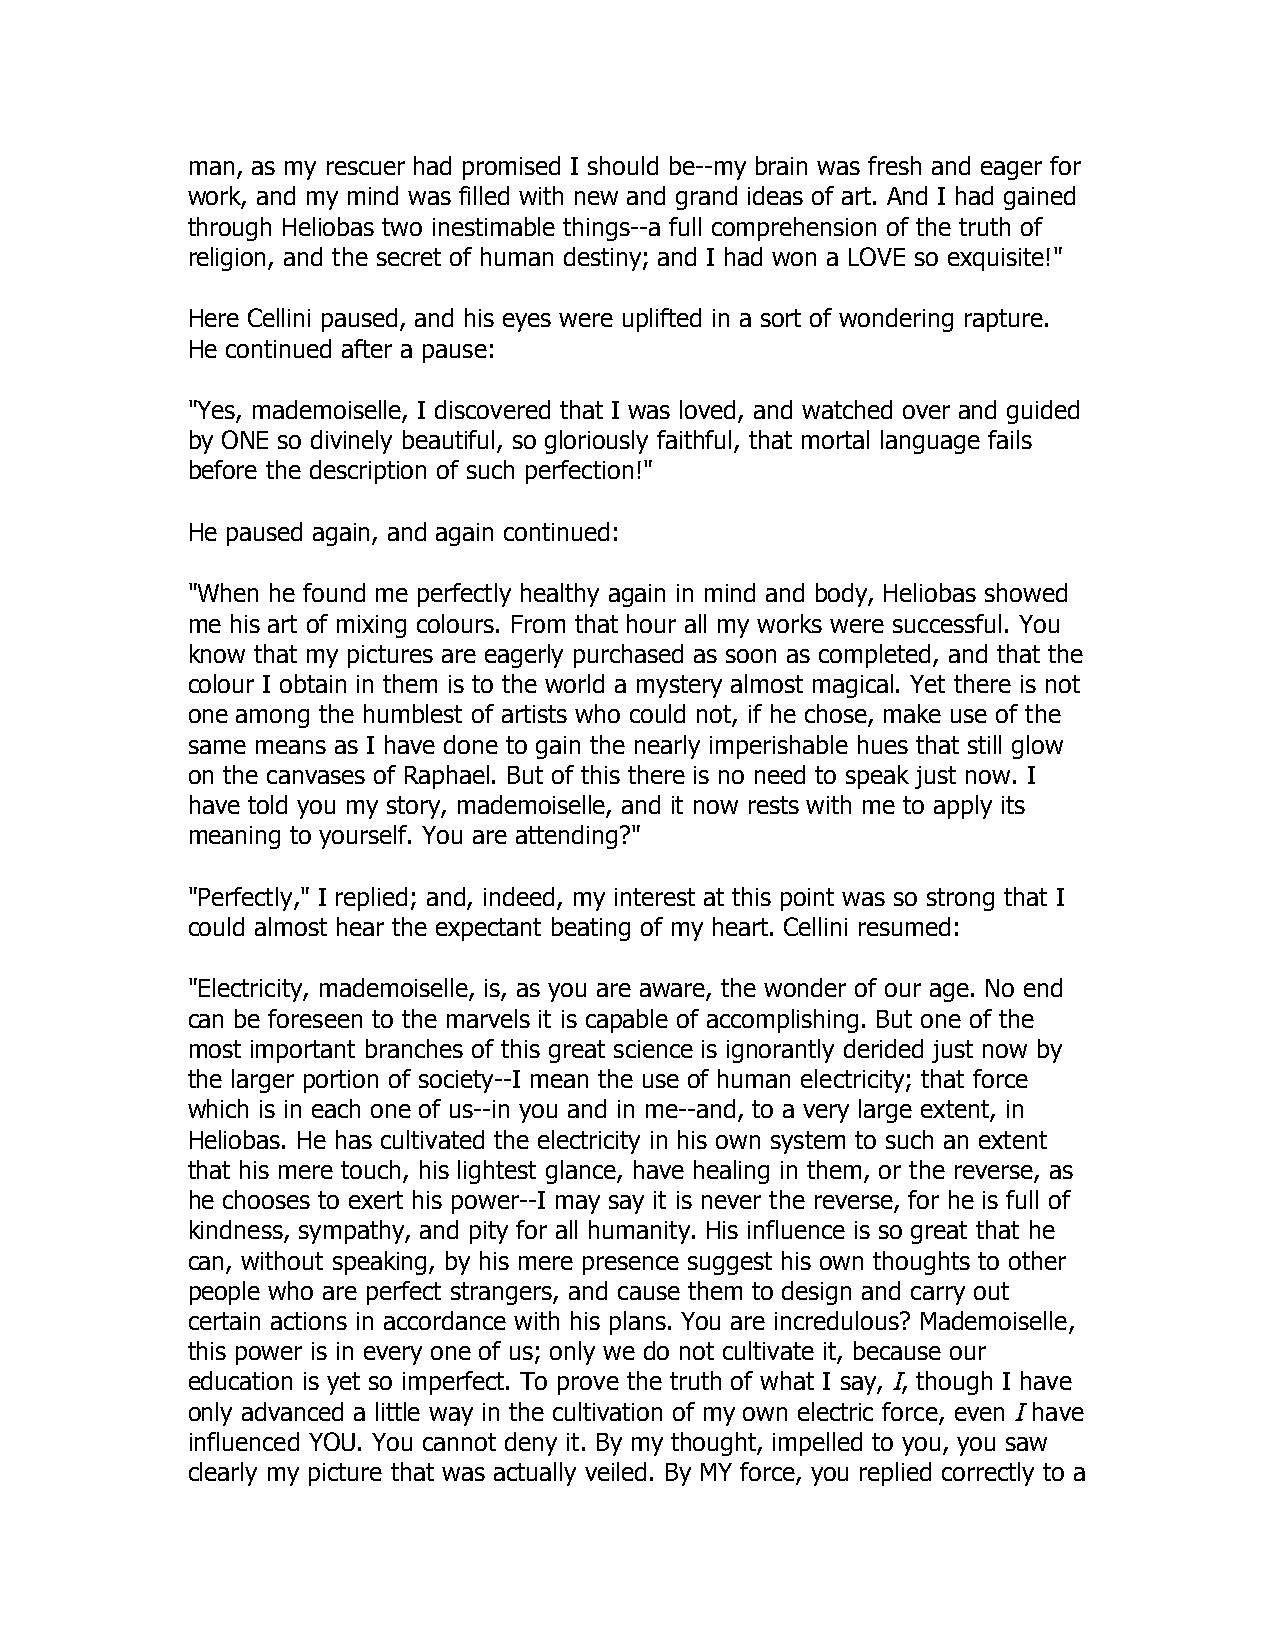
man, as my rescuer had promised I should be--my brain was fresh and eager for
 work, and my mind was filled with new and grand ideas of art. And I had gained
 through Heliobas two inestimable things--a full comprehension of the truth of
 religion, and the secret of human destiny; and I had won a LOVE so exquisite!"
 Here Cellini paused, and his eyes were uplifted in a sort of wondering rapture.
 He continued after a pause:
 "Yes, mademoiselle, I discovered that I was loved, and watched over and guided
 by ONE so divinely beautiful, so gloriously faithful, that mortal language fails
 before the description of such perfection!"
 He paused again, and again continued:
 "When he found me perfectly healthy again in mind and body, Heliobas showed
 me his art of mixing colours. From that hour all my works were successful. You
 know that my pictures are eagerly purchased as soon as completed, and that the
 colour I obtain in them is to the world a mystery almost magical. Yet there is not
 one among the humblest of artists who could not, if he chose, make use of the
 same means as I have done to gain the nearly imperishable hues that still glow
 on the canvases of Raphael. But of this there is no need to speak just now. I
 have told you my story, mademoiselle, and it now rests with me to apply its
 meaning to yourself. You are attending?"
 "Perfectly," I replied; and, indeed, my interest at this point was so strong that I
 could almost hear the expectant beating of my heart. Cellini resumed:
 "Electricity, mademoiselle, is, as you are aware, the wonder of our age. No end
 can be foreseen to the marvels it is capable of accomplishing. But one of the
 most important branches of this great science is ignorantly derided just now by
 the larger portion of society--I mean the use of human electricity; that force
 which is in each one of us--in you and in me--and, to a very large extent, in
 Heliobas. He has cultivated the electricity in his own system to such an extent
 that his mere touch, his lightest glance, have healing in them, or the reverse, as
 he chooses to exert his power--I may say it is never the reverse, for he is full of
 kindness, sympathy, and pity for all humanity. His influence is so great that he
 can, without speaking, by his mere presence suggest his own thoughts to other
 people who are perfect strangers, and cause them to design and carry out
 certain actions in accordance with his plans. You are incredulous? Mademoiselle,
 this power is in every one of us; only we do not cultivate it, because our
 education is yet so imperfect. To prove the truth of what I say, I, though I have
 only advanced a little way in the cultivation of my own electric force, even I have
 influenced YOU. You cannot deny it. By my thought, impelled to you, you saw
 clearly my picture that was actually veiled. By MY force, you replied correctly to a